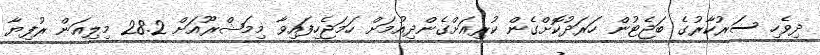
ދިވެހި ސަރުކާރުގެ ބަޖެޓުން ހަރަދުކޮށްގެން ކުރިއަށްގެންދިއުމަށް ހަމަޖެހިފައިވާ މިމަޝްރޫއަށް 28.2 މިލިއަން ރުފިޔާ